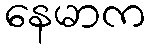
နေမာက